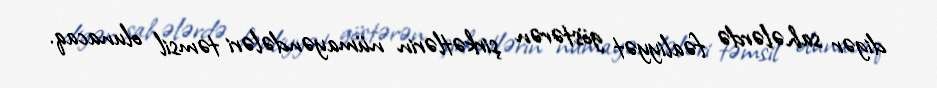
digər sahələrdə fəaliyyət göstərən şirkətlərin nümayəndələri təmsil olunacaq.